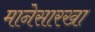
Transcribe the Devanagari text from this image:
मानेसारखा